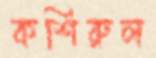
কশিরুল